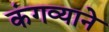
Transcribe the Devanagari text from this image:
कंगव्याने